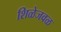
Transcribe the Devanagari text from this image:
शिळेजवळ